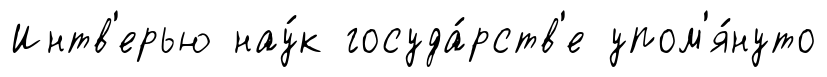
Интв'ерью нау́к госуда́рств'е упом'я́нуто